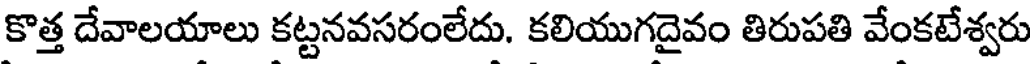
కొత్త దేవాలయాలు కట్టనవసరంలేదు. కలియుగదైవం తిరుపతి వేంకటేశ్వరు